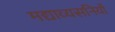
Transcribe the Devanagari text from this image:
मद्याव्यसनियों